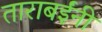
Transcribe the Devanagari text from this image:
ताराबईंनी